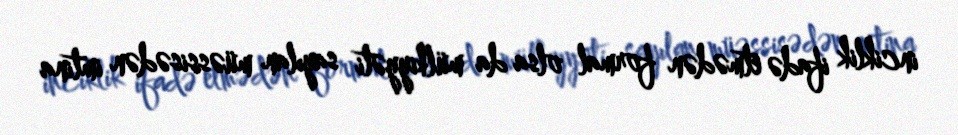
inciklik ifadə etmədən formal olsa da mülkiyyəti sayılan müəssisədən imtina